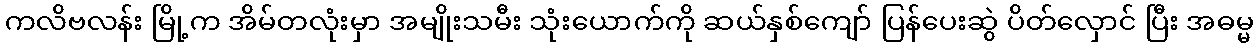
ကလိဗလန်း မြို့က အိမ်တလုံးမှာ အမျိုးသမီး သုံးယောက်ကို ဆယ်နှစ်ကျော် ပြန်ပေးဆွဲ ပိတ်လှောင် ပြီး အဓမ္မ